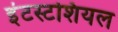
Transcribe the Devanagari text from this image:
इंटस्टशियल